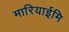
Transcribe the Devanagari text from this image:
मारियाईमि